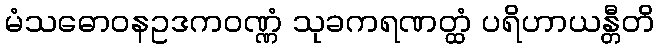
မံသဓောဝနဥဒကဝဏ္ဏံ သုခကရဏတ္ထံ ပရိဟာယန္တီတိ